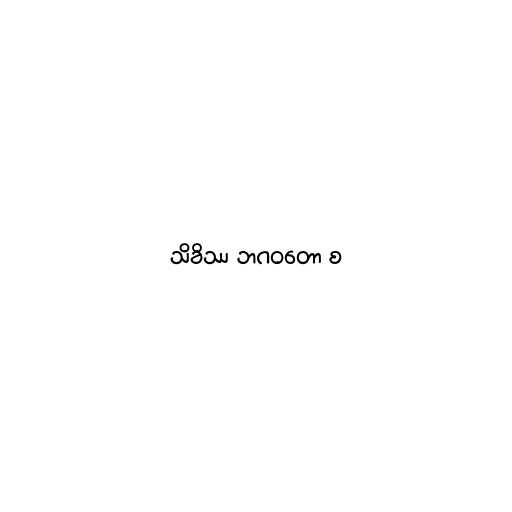
သိခိဿ ဘဂဝတော စ